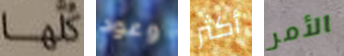
كلها وعود أكثر الأمر